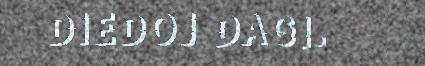
DIEDOJ DAGI.